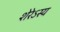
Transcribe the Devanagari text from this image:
शेरेऽस्य